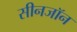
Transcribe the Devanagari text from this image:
सीनजॉन